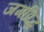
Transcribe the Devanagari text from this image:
जगप्रिद्ध